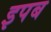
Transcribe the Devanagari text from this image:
इपब